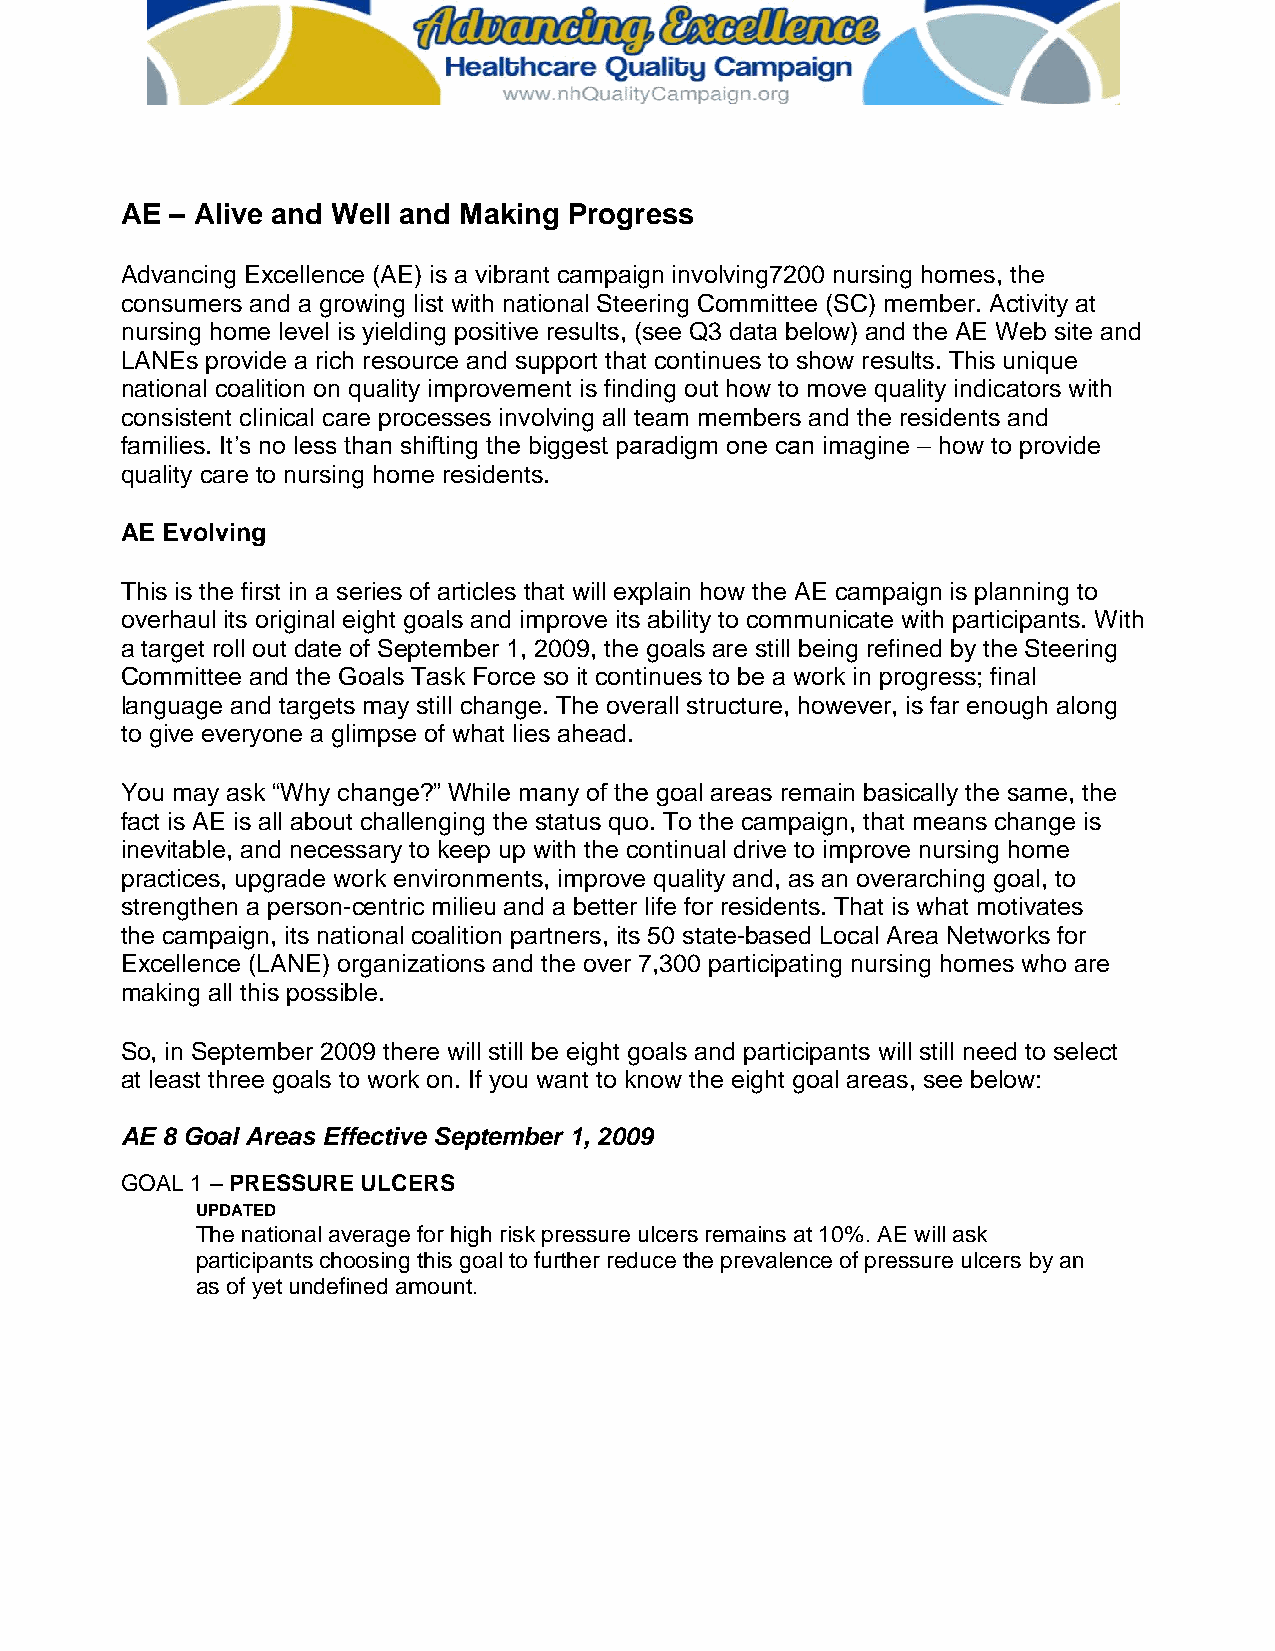
AE – Alive and Well and Making Progress
 Advancing Excellence (AE) is a vibrant campaign involving7200 nursing homes, the
 consumers and a growing list with national Steering Committee (SC) member. Activity at
 nursing home level is yielding positive results, (see Q3 data below) and the AE Web site and
 LANEs provide a rich resource and support that continues to show results. This unique
 national coalition on quality improvement is finding out how to move quality indicators with
 consistent clinical care processes involving all team members and the residents and
 families. It’s no less than shifting the biggest paradigm one can imagine – how to provide
 quality care to nursing home residents.
 AE Evolving
 This is the first in a series of articles that will explain how the AE campaign is planning to
 overhaul its original eight goals and improve its ability to communicate with participants. With
 a target roll out date of September 1, 2009, the goals are still being refined by the Steering
 Committee and the Goals Task Force so it continues to be a work in progress; final
 language and targets may still change. The overall structure, however, is far enough along
 to give everyone a glimpse of what lies ahead.
 You may ask “Why change?” While many of the goal areas remain basically the same, the
 fact is AE is all about challenging the status quo. To the campaign, that means change is
 inevitable, and necessary to keep up with the continual drive to improve nursing home
 practices, upgrade work environments, improve quality and, as an overarching goal, to
 strengthen a person-centric milieu and a better life for residents. That is what motivates
 the campaign, its national coalition partners, its 50 state-based Local Area Networks for
 Excellence (LANE) organizations and the over 7,300 participating nursing homes who are
 making all this possible.
 So, in September 2009 there will still be eight goals and participants will still need to select
 at least three goals to work on. If you want to know the eight goal areas, see below:
 AE 8 Goal Areas Effective September 1, 2009
 GOAL 1 – PRESSURE ULCERS
 UPDATED
 The national average for high risk pressure ulcers remains at 10%. AE will ask
 participants choosing this goal to further reduce the prevalence of pressure ulcers by an
 as of yet undefined amount.